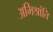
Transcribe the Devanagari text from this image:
अभिश्रांति